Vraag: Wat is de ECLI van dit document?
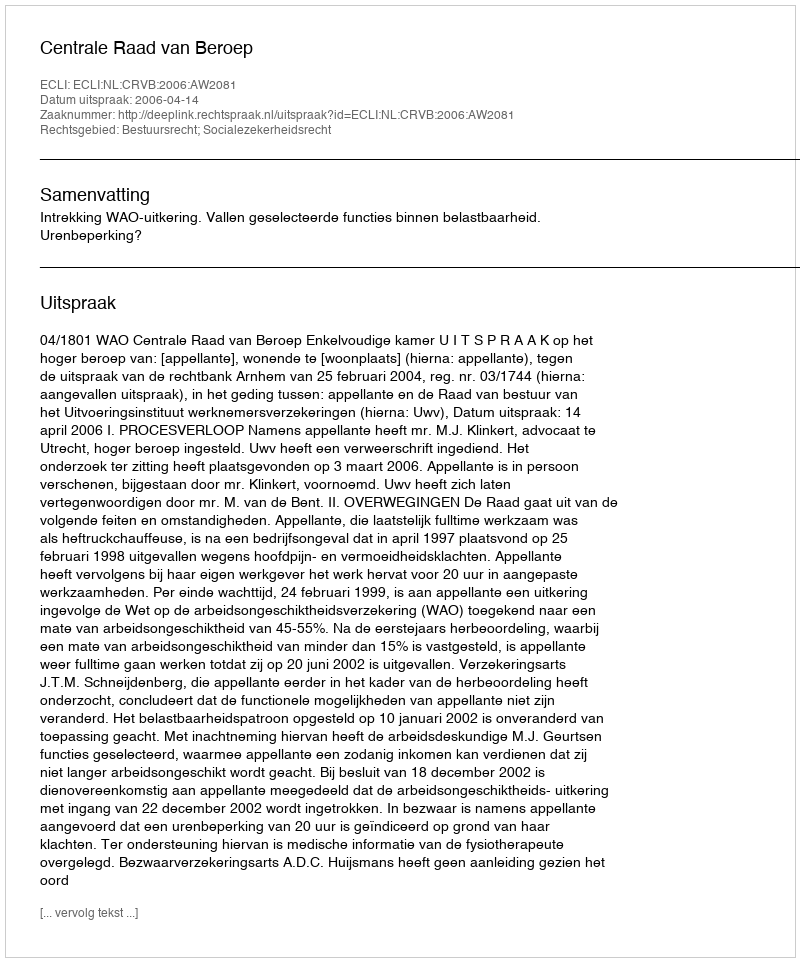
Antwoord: ECLI:NL:CRVB:2006:AW2081